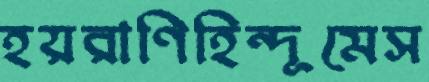
হয়রাণিহিন্দূমেস